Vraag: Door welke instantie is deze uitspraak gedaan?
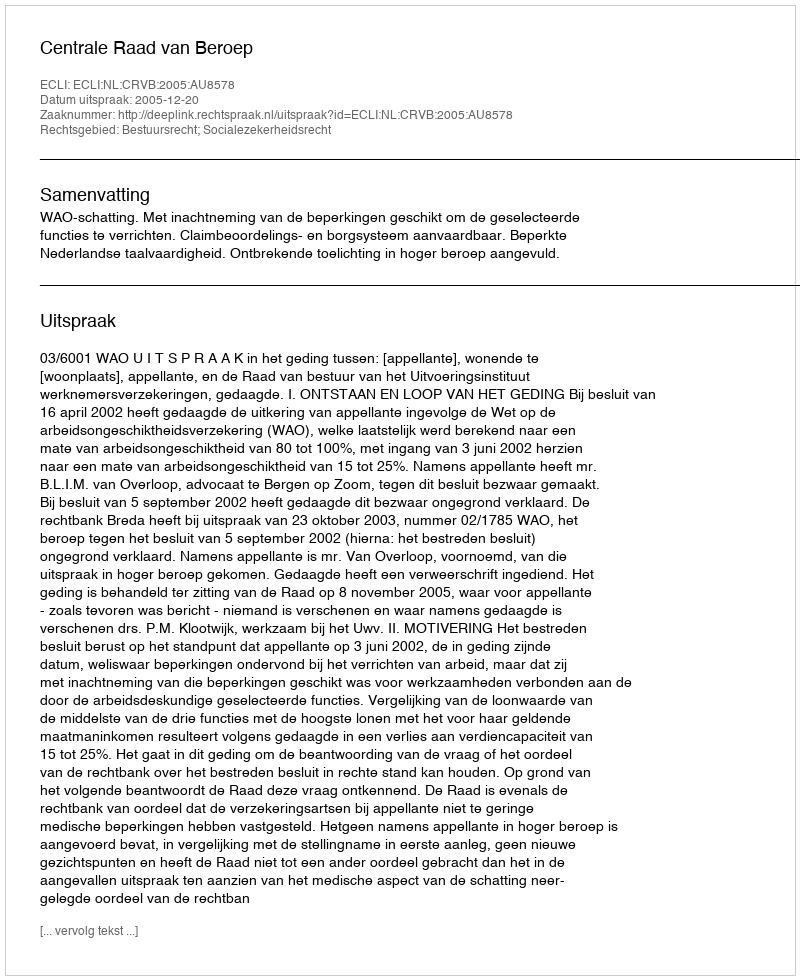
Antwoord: Centrale Raad van Beroep